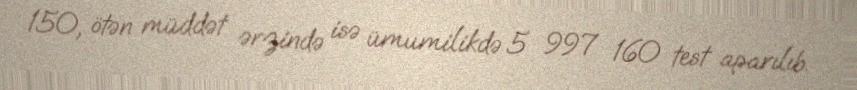
150, ötən müddət ərzində isə ümumilikdə 5 997 160 test aparılıb.